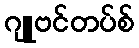
ဂျူဗင်တပ်စ်